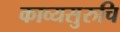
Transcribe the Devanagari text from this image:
काव्यसुरुचि